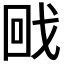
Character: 𭍡